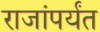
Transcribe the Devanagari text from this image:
राजांपर्यंत